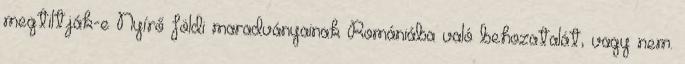
megtiltják-e Nyírő földi maradványainak Romániába való behozatalát, vagy nem.